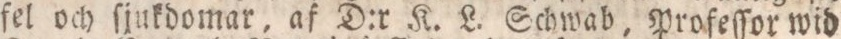
fel och ſjukdomar, af D:r K. L. Schwab, Profeſſor wid